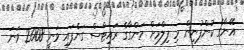
އޭނާގެ ކުންފުނިން މި ފިލްމަށް މަންގާގެ ރައިޓްސް ގަނެފައި ވަނީ 2008 ވަނަ